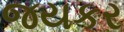
જયકર